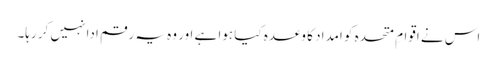
اس نے اقوامِ متحدہ کو امداد کا وعدہ کیا ہوا ہے اور وہ یہ رقم ادا نہیں کر رہا۔